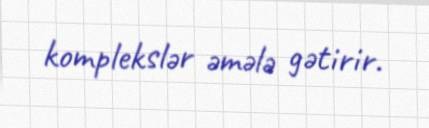
komplekslər əmələ gətirir.